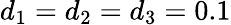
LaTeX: d_{1}=d_{2}=d_{3}=0.1